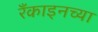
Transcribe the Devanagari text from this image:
रँकाइनच्या